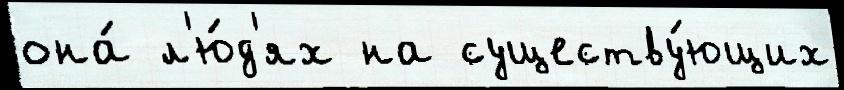
она́ л'ю́д'ях на существу́ющих